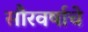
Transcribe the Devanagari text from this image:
सौरवर्षाचे